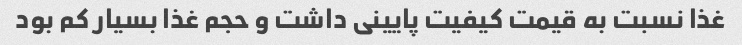
غذا نسبت به قیمت کیفیت پایینی داشت و حجم غذا بسیار کم بود